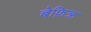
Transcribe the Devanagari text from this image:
बेफ़िक्र